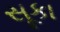
સૂકા